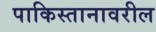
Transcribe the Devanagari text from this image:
पाकिस्तानावरील